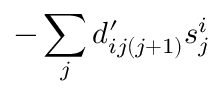
- \sum _ { j } d _ { i j ( j + 1 ) } ^ { \prime } s _ { j } ^ { i }